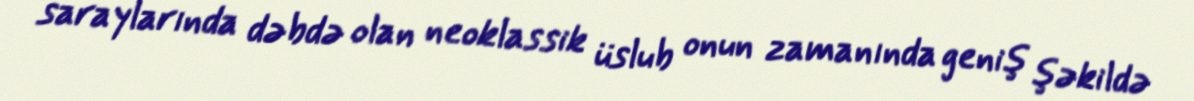
saraylarında dəbdə olan neoklassik üslub onun zamanında geniş şəkildə